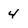
Character: 4